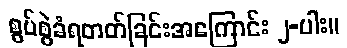
စွပ်စွဲခံရတတ်ခြင်းအကြောင်း ၂-ပါး။